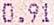
0.91